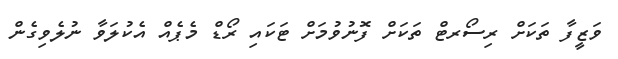
ވަޒީފާ ތަަކަށް ރިސޯރޓް ތަކަށް ފޮނުވުމަށް ޓަކައި ރޯޑް މެޕެއް އެކުލަވާ ނުލެވިގެން